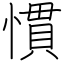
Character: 慣